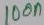
Text: 100n